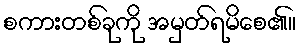
စကားတစ်ခုကို အမှတ်ရမိစေ၏။